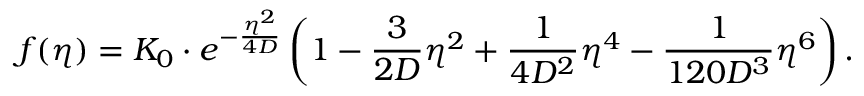
f ( \eta ) = K _ { 0 } \cdot e ^ { - \frac { \eta ^ { 2 } } { 4 D } } \left( 1 - \frac { 3 } { 2 D } \eta ^ { 2 } + \frac { 1 } { 4 D ^ { 2 } } \eta ^ { 4 } - \frac { 1 } { 1 2 0 D ^ { 3 } } \eta ^ { 6 } \right) .